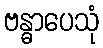
ဗန္ဓာပေသုံ